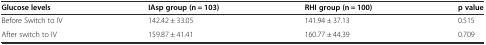
<table><thead><tr><td><b>Glucose levels</b></td><td><b>IAsp group (n = 103)</b></td><td><b>RHI group (n = 100)</b></td><td><b>p value</b></td></tr></thead><tbody><tr><td>Before Switch to IV</td><td>142.42 ± 33.05</td><td>141.94 ± 37.13</td><td>0.515</td></tr><tr><td>After switch to IV</td><td>159.87 ± 41.41</td><td>160.77 ± 44.39</td><td>0.709</td></tr></tbody></table>